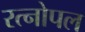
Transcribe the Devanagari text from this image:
रत्नोपल